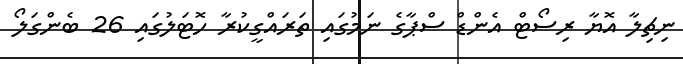
ނިޗިލާ އޮޔާ ރިސޯޓް އެންޑް ސްޕާގެ ނަމުގައި ތަރައްގީކުރާ ހޮޓަލުގައި 26 ބެންގަލޯ